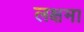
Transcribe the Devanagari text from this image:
लक्षमा